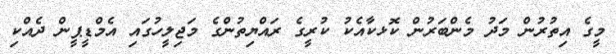
މީގެ އިތުރުން މަދު މެންބަރުން ކޮޅކާއެކު ކުރީގެ ރައްޔިތުންގެ މަޖިލީހުގައި އެމްޑީޕީން ދެއްކި